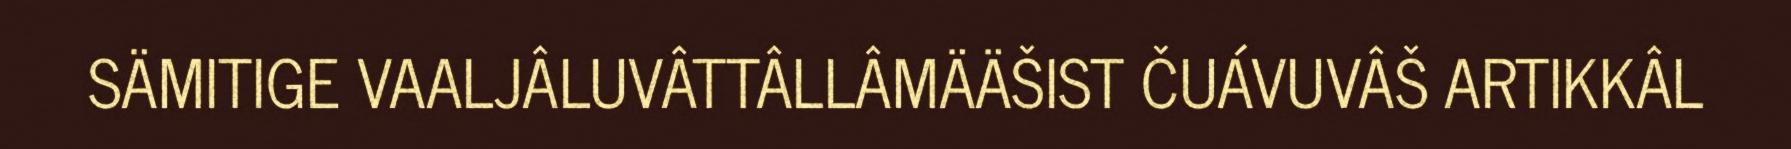
SÄMITIGE VAALJÂLUVÂTTÂLLÂMÄÄŠIST ČUÁVUVÂŠ ARTIKKÂL